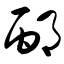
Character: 邴